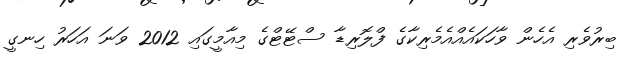
ބިރުވެރި އެހެން ވާހަކައެއްއެމެރިކާގެ ފްލޮރިޑާ ސްޓޭޓްގެ މިއާމީގައި 2012 ވަނަ އަހަރު ހިނގީ